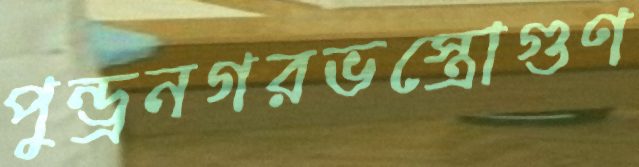
পুন্ড্রনগরভস্ত্রোগুণ